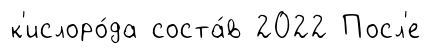
к'ислоро́да соста́в 2022 Посл'е